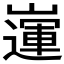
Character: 𡽅